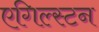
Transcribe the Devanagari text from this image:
एगिल्स्टन